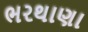
ભરથાણા